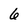
Character: 6